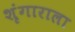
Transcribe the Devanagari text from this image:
शृंगाराला